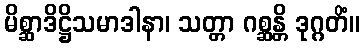
မိစ္ဆာဒိဋ္ဌိသမာဒါနာ၊ သတ္တာ ဂစ္ဆန္တိ ဒုဂ္ဂတိံ။